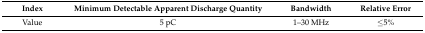
| Index | Minimum Detectable Apparent Discharge Quantity | Bandwidth | Relative Error |
 | --- | --- | --- | --- |
 | Value | 5 pC | 1–30 MHz | ≤5% |